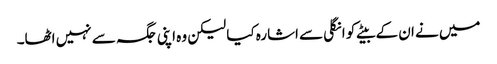
میں نے ان کے بیٹے کو انگلی سے اشارہ کیا لیکن وہ اپنی جگہ سے نہیں اٹھا۔